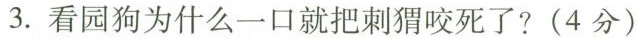
3. 看园狗为什么一口就把刺猬咬死了?(4分)